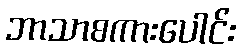
ဘာသာစကားပေါင်း